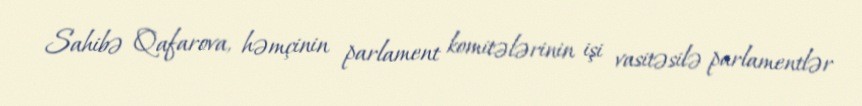
Sahibə Qafarova, həmçinin parlament komitələrinin işi vasitəsilə parlamentlər